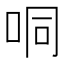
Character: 哃